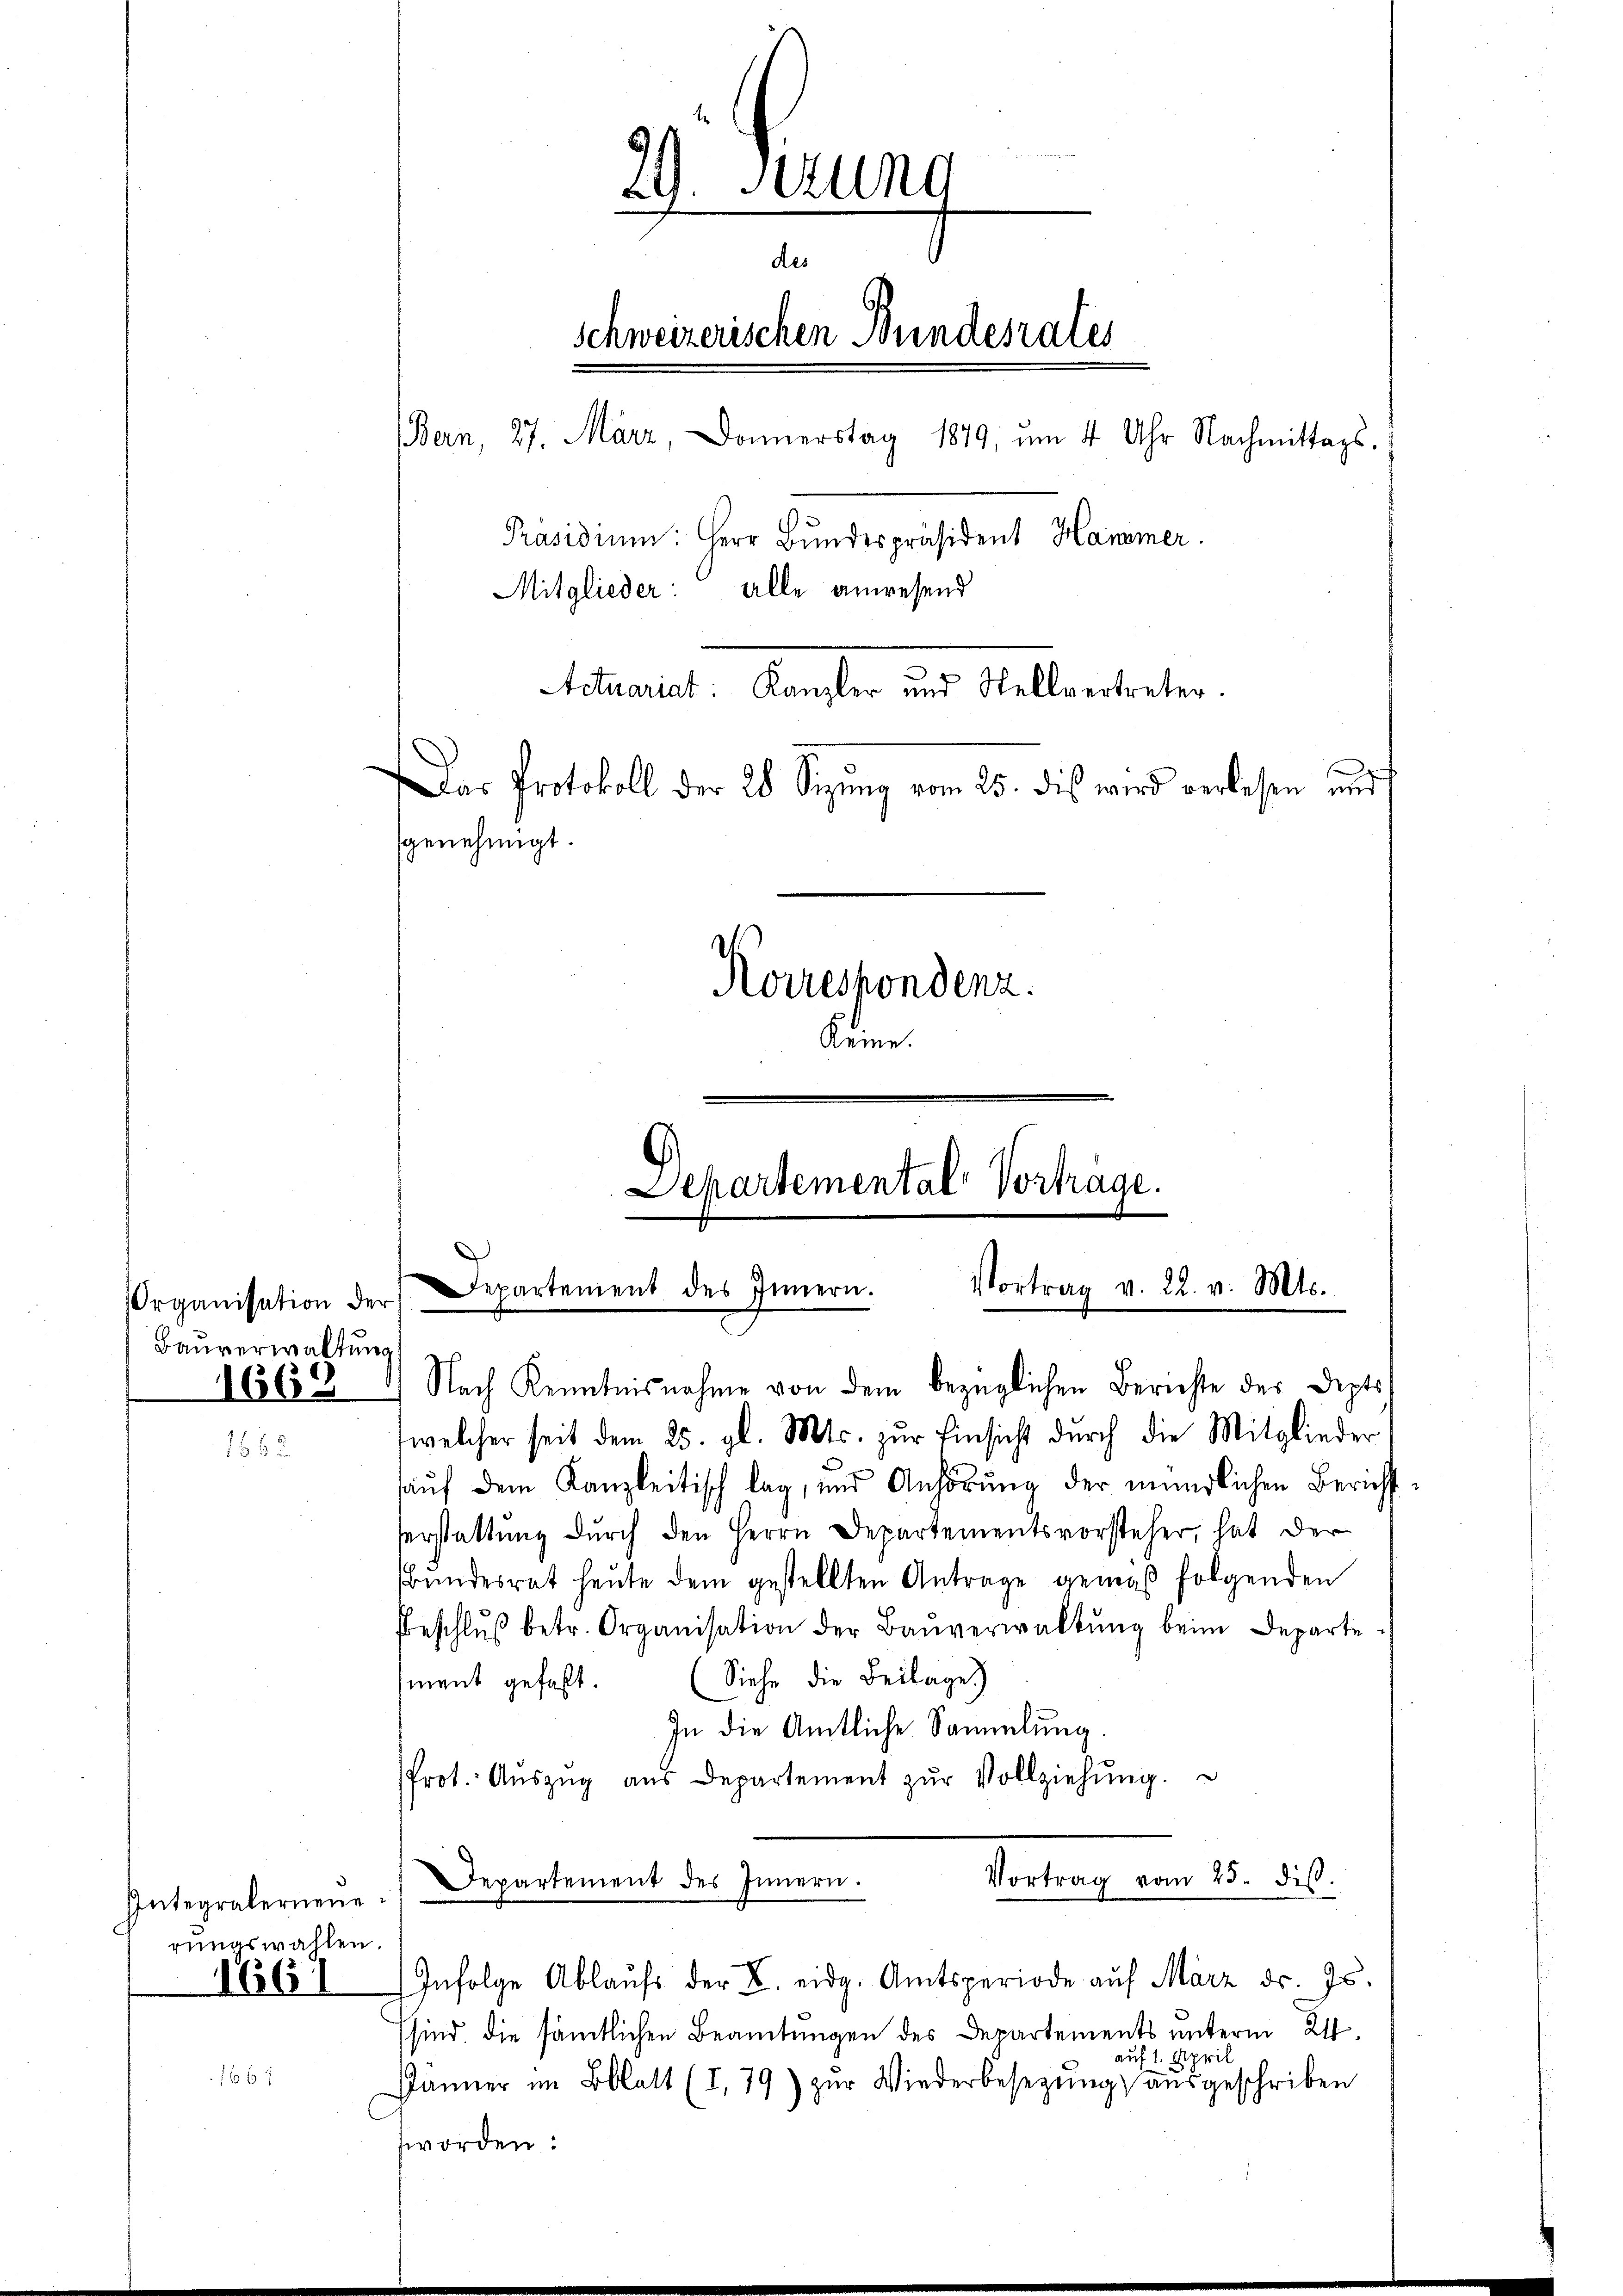
Organisation
Bauverwaltu

1669

Integralerneue
rungswahlen.
1661

29. Sitzung
des
Schweizerischen Bundesrates
(Bern, 27. März, Donnerstag 1879, um 4 Uhr Nachmittags-
Präsidiŭm: Herr Bŭndespräsident Hammer.
Mitglieder alle anwesend
Actuariat: Kanzler und Stellvertreter.
Das Protokoll der 28 Sizung vom 25. dies wird verlesen und
genehmigt.
Korrespondenz.

Departemental Vortrage.
Departement des Innern. Vortrag v. 22. v. Mts.
der
ng
Nach Kenntnisnahme von dem bezüglichen Berichte des Depts¬

welcher seit dem 25. gl. Mts. zur Einsicht durch die Mitglieder
auf dem Kanzleitisch lag, und Anhörung der mündlichen Bericht
serstattung durch den Herrn Departementsvorsteher, hat der
Bundesrat heute dem gestellten Antrage gemäß folgenden
Beschlŭβ betr. Organisation der Baŭverwaltŭng beim Departe¬
(Siehe die Beilage)
ment gefaßt
In die Amtliche Sammlung.
Prot. Aŭszŭg aŭs Departement zŭr Vollziehŭng.
Vortrag vom 25. dis.
Departement des Innern.
Infolge Ablaufs der B. eidg. Amtsperiode auf März dr. Js.
sind die sämtlichen Beamtungen des Departements unterm 21.
auf 1. April
Jänner im Bblatt (I. 79) zŭr Wiederbesezung ausgeschriben
worden: